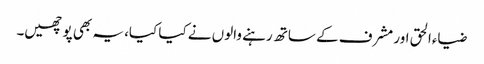
ضیاءالحق اور مشرف کے ساتھ رہنے والوں نے کیا کیا، یہ بھی پوچھیں۔